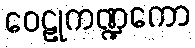
ဝေဠုကဏ္ဍကော